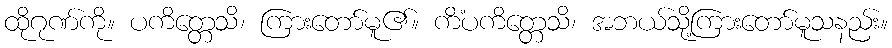
ထိုဂုဏ်ကို။ ပကိတ္တေသိ၊ ကြားတော်မူ၏။ ကိံပကိတ္တေသိ၊ အဘယ်သို့ကြားတော်မူသနည်း။